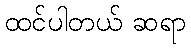
ထင်ပါတယ် ဆရာ